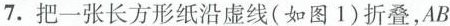
7.把一张长方形的纸沿虚线（如图1）折叠，AB